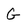
Character: G